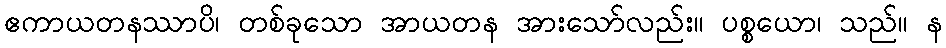
ဧကာယတနဿာပိ၊ တစ်ခုသော အာယတန အားသော်လည်း။ ပစ္စယော၊ သည်။ န